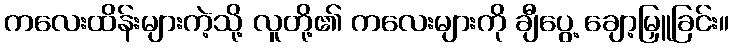
ကလေးထိန်းများကဲ့သို့ လူတို့၏ ကလေးများကို ချီပွေ့ ချော့မြှူခြင်း။